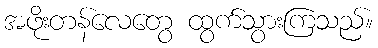
အဖိုးတန်လေတွေ ထွက်သွားကြသည်။